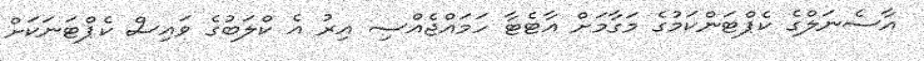
އާސެނަލްގެ ކެޕްޓަންކަމުގެ މަގާމަށް އާޓެޓާ ހަމައްޖެއްސި އިރު އެ ކްލަބުގެ ވައިސް ކެޕްޓަނަކަށް